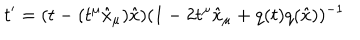
LaTeX: t ^ { \prime } = ( t - ( t ^ { \mu } { \hat { x } } _ { \mu } ) { \hat { x } } ) ( 1 - 2 t ^ { \mu } { \hat { x } } _ { \mu } + q ( t ) q ( { \hat { x } } ) ) ^ { - 1 }